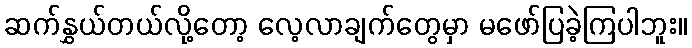
ဆက်နွှယ်တယ်လို့တော့ လေ့လာချက်တွေမှာ မဖော်ပြခဲ့ကြပါဘူး။